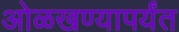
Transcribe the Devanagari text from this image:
ओळखण्यापर्यंत